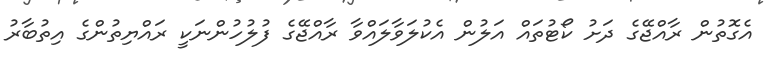
އެގޮތުން ރާއްޖޭގެ ދަށު ކޯޓުތައް އަލުން އެކުލަވާލައްވާ ރާއްޖޭގެ ފުލުހުންނަކީ ރައްޔިތުންގެ އިތުބާރު